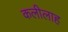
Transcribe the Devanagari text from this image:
कलीलाह